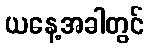
ယနေ့အခါတွင်